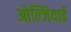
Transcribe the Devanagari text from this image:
ओल्जियाई